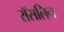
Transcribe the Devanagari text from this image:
रॉसलिन